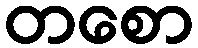
တစော